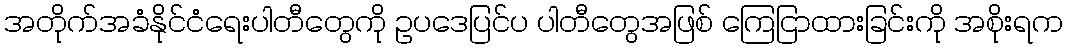
အတိုက်အခံနိုင်ငံရေးပါတီတွေကို ဥပဒေပြင်ပ ပါတီတွေအဖြစ် ကြေငြာထားခြင်းကို အစိုးရက